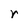
Character: r